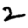
Digit: 2